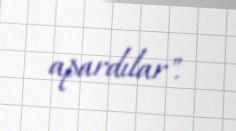
apardılar".